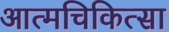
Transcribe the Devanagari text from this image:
आत्मचिकित्सा